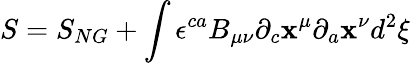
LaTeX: S=S_{NG}+\int{\epsilon}^{ca}B_{\mu\nu}{\partial}_{c}\mathbf{x}^{\mu}{\partial}_{a}\mathbf{x}^{\nu}d^{2}{\xi}